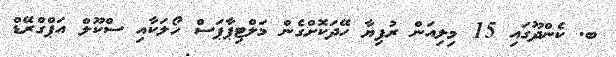
ބ. ކެންދޫގައި 15 މިލިއަން ރުފިޔާ ހޭދަކޮށްގެން މަލްޓިޕާޕަސް ހޯލަކާއި ސްކޫލް އަޕްގްރޭޑް